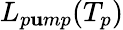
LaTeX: L_{p\mathbf{u}mp}(T_{p})